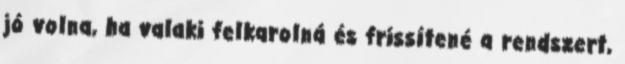
jó volna, ha valaki felkarolná és frissítené a rendszert,